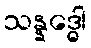
သန္နဒ္ဓေါ